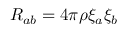
R _ { a b } = 4 \pi \rho \xi _ { a } \xi _ { b }